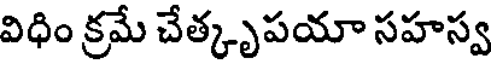
విధిం క్రమే చేత్కృపయా సహస్వ